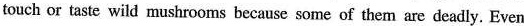
touch or taste wild mushrooms because some of them are deadly. Even